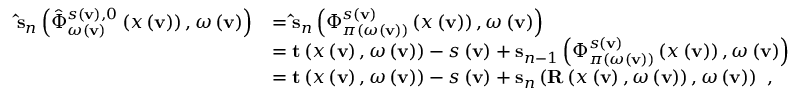
\begin{array} { r l } { \mathbf { \hat { s } } _ { n } \left( \hat { \Phi } _ { \omega \left( \mathbf { v } \right) } ^ { s \left( \mathbf { v } \right) , 0 } \left( x \left( \mathbf { v } \right) \right) , \omega \left( \mathbf { v } \right) \right) } & { = \mathbf { \hat { s } } _ { n } \left( \Phi _ { \pi \left( \omega \left( \mathbf { v } \right) \right) } ^ { s \left( \mathbf { v } \right) } \left( x \left( \mathbf { v } \right) \right) , \omega \left( \mathbf { v } \right) \right) } \\ & { = \mathbf { t } \left( x \left( \mathbf { v } \right) , \omega \left( \mathbf { v } \right) \right) - s \left( \mathbf { v } \right) + \mathbf { s } _ { n - 1 } \left( \Phi _ { \pi \left( \omega \left( \mathbf { v } \right) \right) } ^ { s \left( \mathbf { v } \right) } \left( x \left( \mathbf { v } \right) \right) , \omega \left( \mathbf { v } \right) \right) } \\ & { = \mathbf { t } \left( x \left( \mathbf { v } \right) , \omega \left( \mathbf { v } \right) \right) - s \left( \mathbf { v } \right) + \mathbf { s } _ { n } \left( \mathbf { R } \left( x \left( \mathbf { v } \right) , \omega \left( \mathbf { v } \right) \right) , \omega \left( \mathbf { v } \right) \right) \ , } \end{array}